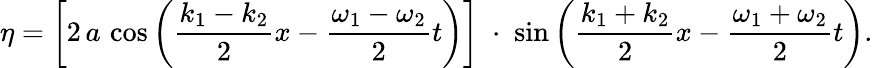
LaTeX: \eta=\left[2\, a\, \cos\left({\frac{k_{1}-k_{2}}{2}}x-{\frac{\omega_{1}-\omega_{2}}{2}}t\right)\right]\; \cdot\; \sin\left({\frac{k_{1}+k_{2}}{2}}x-{\frac{\omega_{1}+\omega_{2}}{2}}t\right).